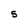
Character: s